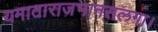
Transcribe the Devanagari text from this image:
यमाताराजभानसलगा।